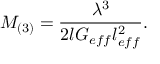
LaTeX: M _ { ( 3 ) } = \frac { \lambda ^ { 3 } } { 2 l G _ { e f f } l _ { e f f } ^ { 2 } } .